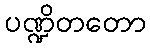
ပဏ္ဍိတတော